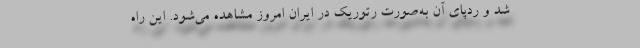
شد و ردپای آن به‌صورت رتوریک در ایران امروز مشاهده می‌شود. این راه